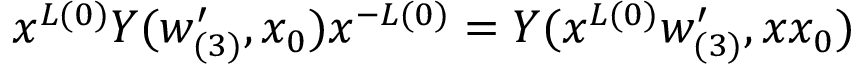
x ^ { L ( 0 ) } { \cal Y } ( w _ { ( 3 ) } ^ { \prime } , x _ { 0 } ) x ^ { - L ( 0 ) } = { \cal Y } ( x ^ { L ( 0 ) } w _ { ( 3 ) } ^ { \prime } , x x _ { 0 } )